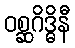
ဝစ္ဆဂိဒ္ဓိနီ